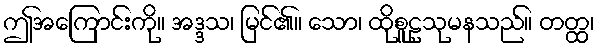
ဤအကြောင်းကို။ အဒ္ဒသ၊ မြင်၏။ သော၊ ထိုစူဠသုမနသည်။ တတ္ထ၊